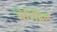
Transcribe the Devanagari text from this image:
मेरिहिल